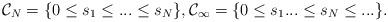
LaTeX: \begin{align*}\mathcal{C}_N= \{0\leq s_1\leq...\leq s_N\}, \mathcal{C}_\infty=\{0\leq s_1...\leq s_N\leq...\}.\end{align*}